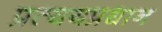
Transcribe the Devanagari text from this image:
प्रत्ययप्रधान